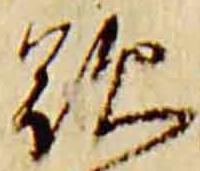
歎